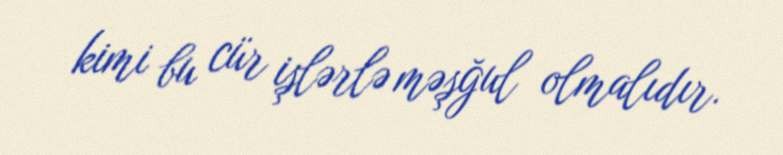
kimi bu cür işlərlə məşğul olmalıdır.